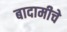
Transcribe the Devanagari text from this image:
बादामीचे